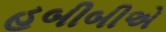
હબીબીએ